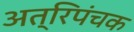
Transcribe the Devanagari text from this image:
अत्रिपंचक